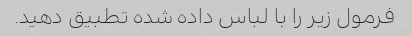
فرمول زیر را با لباس داده شده تطبیق دهید.